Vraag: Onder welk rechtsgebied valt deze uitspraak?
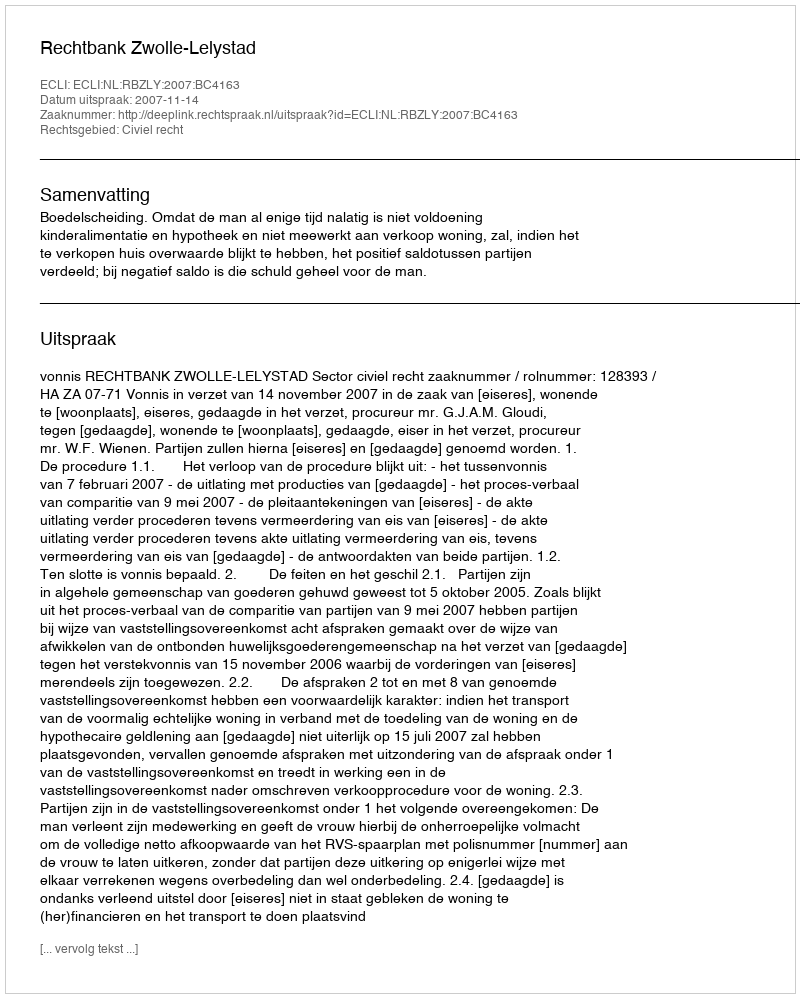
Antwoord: Civiel recht